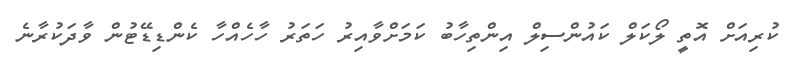
ކުރިއަށް އޮތީ ލޯކަލް ކައުންސިލް އިންތިހާބު ކަމަށްވާއިރު ހަތަރު ހާހެއްހާ ކެންޑިޑޭޓުން ވާދަކުރާނެ